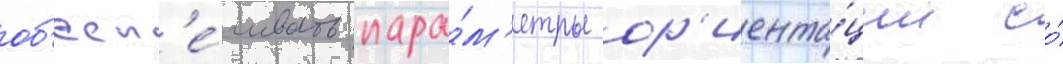
об'есп'е́чивать пара́м'етры ор'иента́ции со́